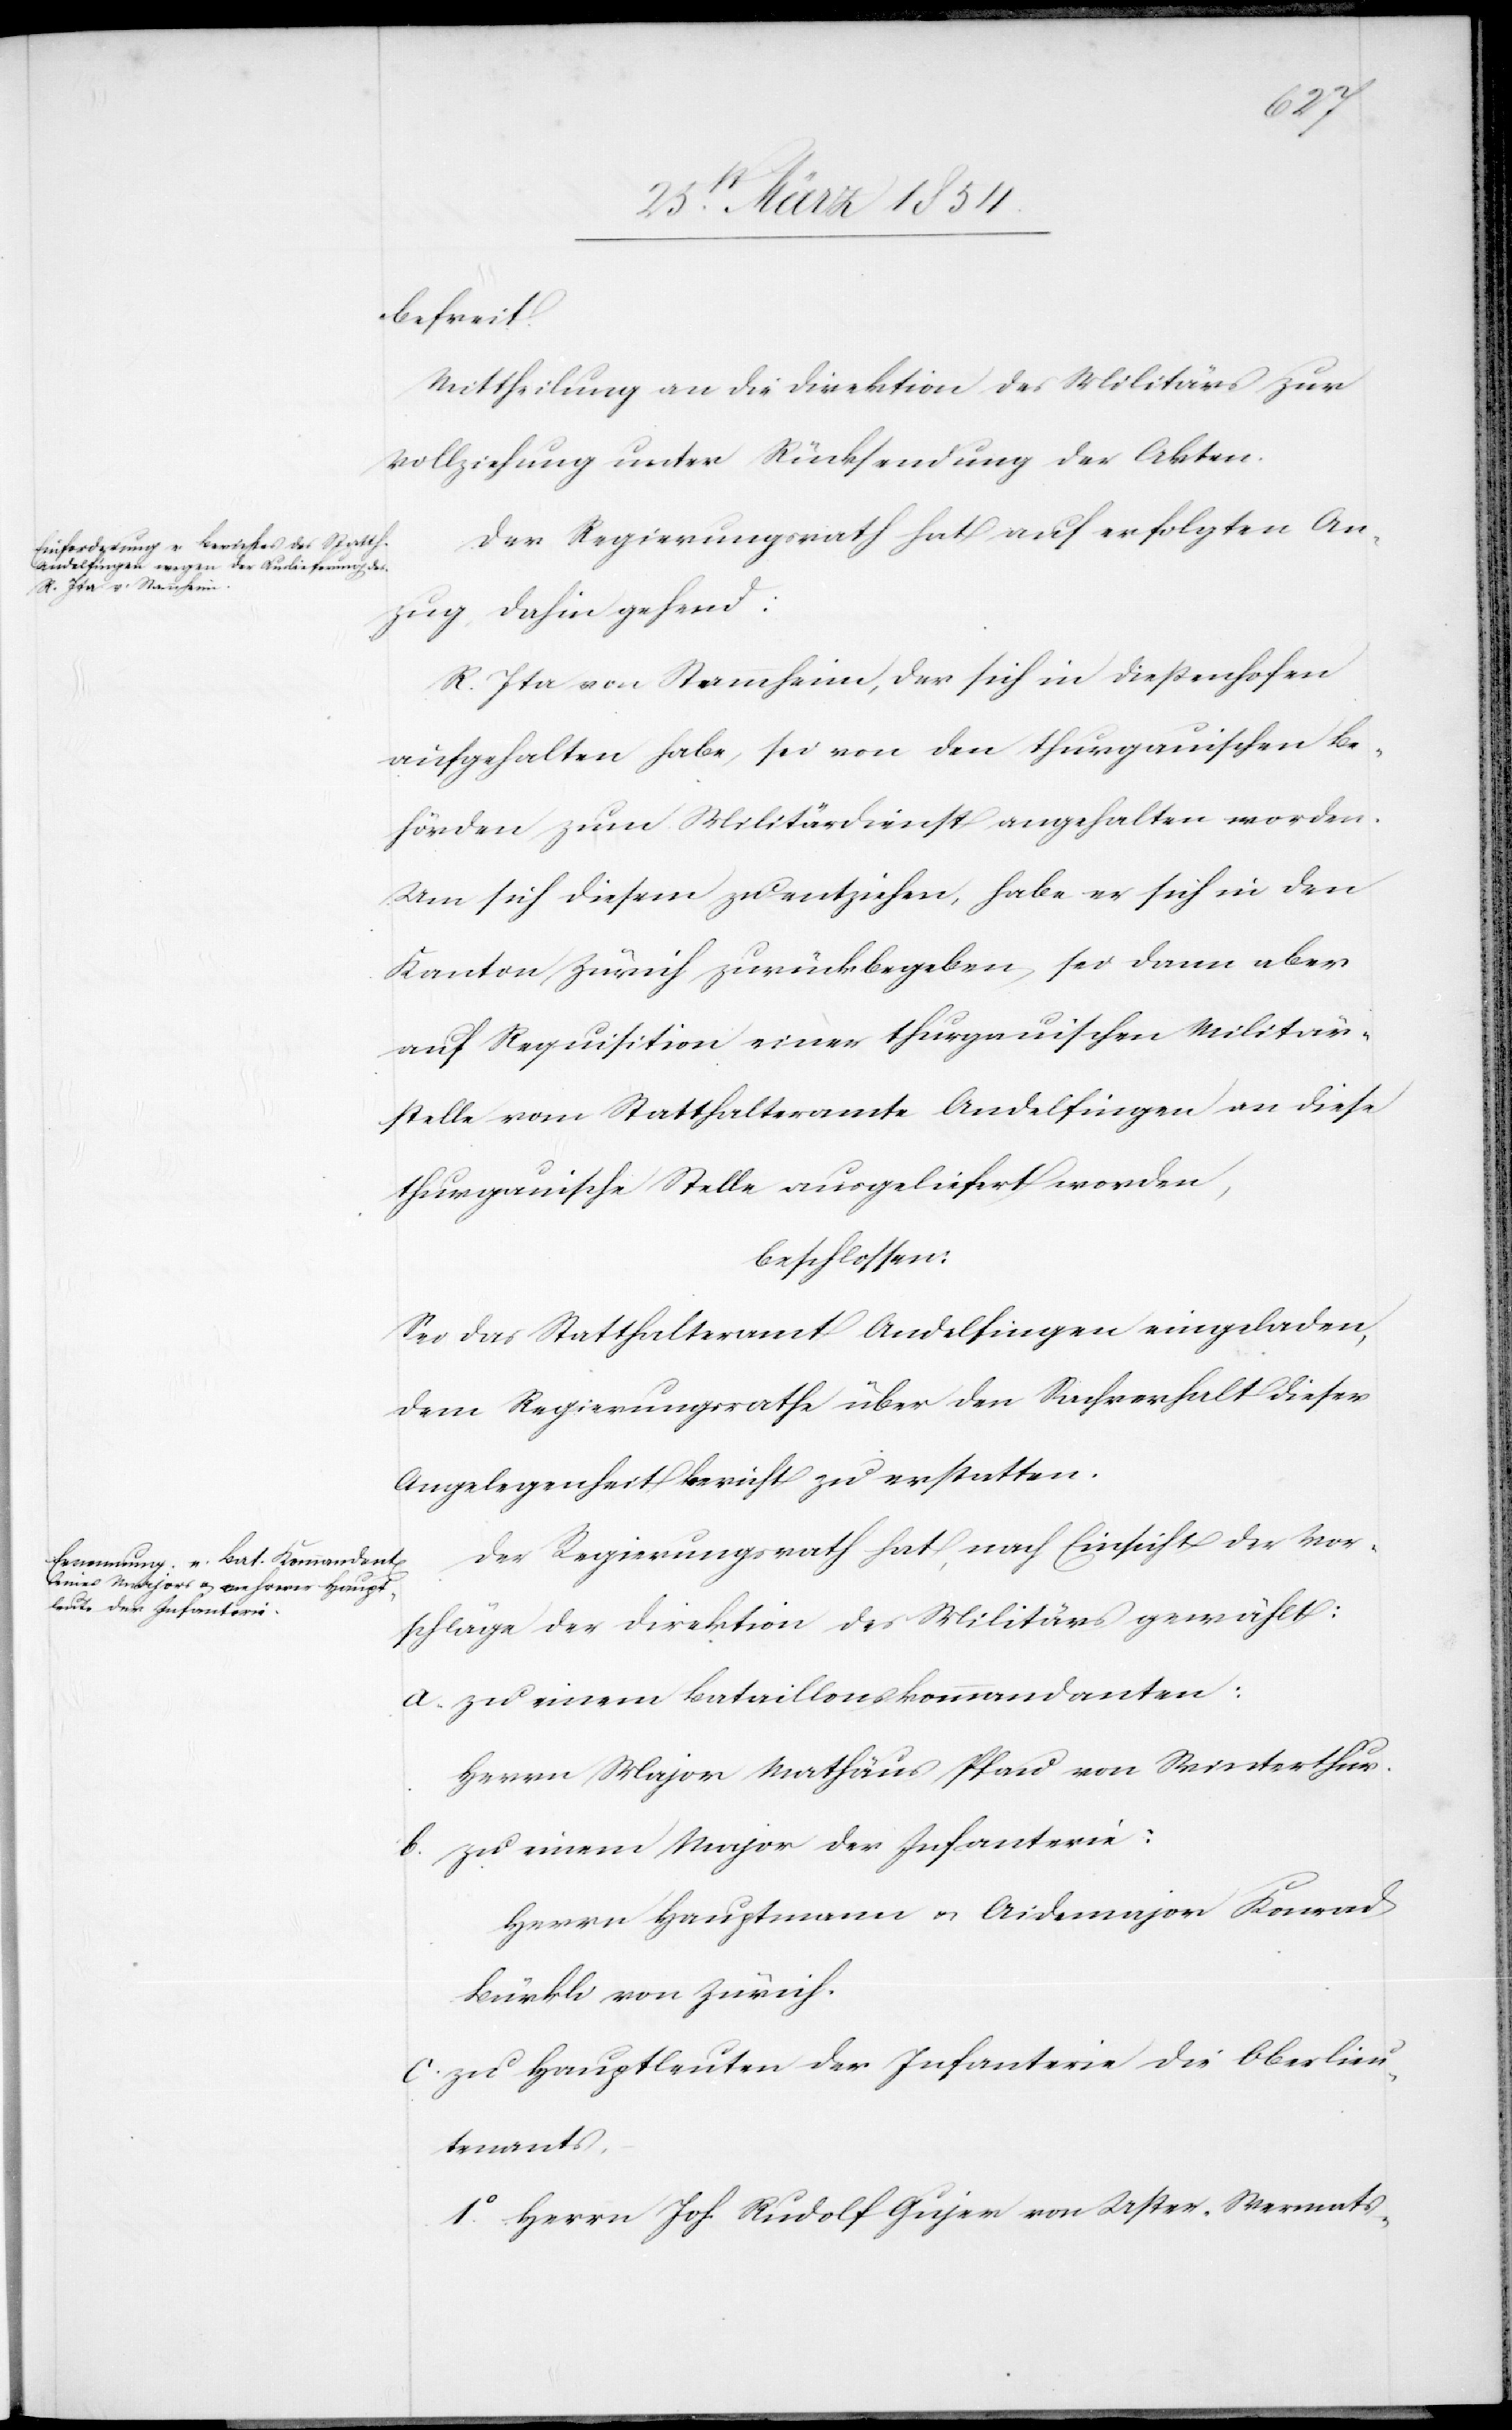
befreit.
Mittheilung an die Direktion des Militärs zur
Vollziehung unter Rücksendung der Akten.
Der Regierungsrath hat auf erfolgten An¬
zug, dahin gehend:
R. Ita von Stammheim, der sich in Dießenhofen
aufgehalten habe, sei von den thurgauischen Be¬
hörden zum Militärdienst angehalten worden.
Um sich diesem zu entziehen, habe er sich in den
Kanton Zürich zurückbegeben, sei dann aber
auf Requisition einer thurgauischen Militär¬
stelle vom Statthalteramte Andelfingen an diese
thurgauische Stelle ausgeliefert worden,
beschlossen:
Sei das Statthalteramt Andelfingen eingeladen,
dem Regierungsrathe über den Sachverhalt dieser
Angelegenheit Bericht zu erstatten.
Der Regierungsrath hat, nach Einsicht der Vor¬
schläge der Direktion des Militärs gewählt:
a. zu einem Bataillonskommandaten:
Herrn Major Mathäus Pfau von Winterthur.
b. zu einem Major der Infanterie:
Herrn Hauptmann u. Aidemajor Konrad
Bürkli von Zürich.
c. zu Hauptleuten der Infanterie die Oberlieu¬
tenants,
1o Herrn Joh. Rudolf Gujer von Uster-Wermats-